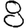
Digit: 8